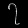
Digit: ၇